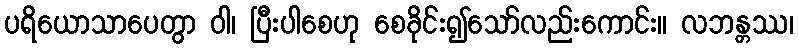
ပရိယောသာပေတွာ ဝါ၊ ပြီးပါစေဟု စေခိုင်း၍သော်လည်းကောင်း။ လဘန္တဿ၊